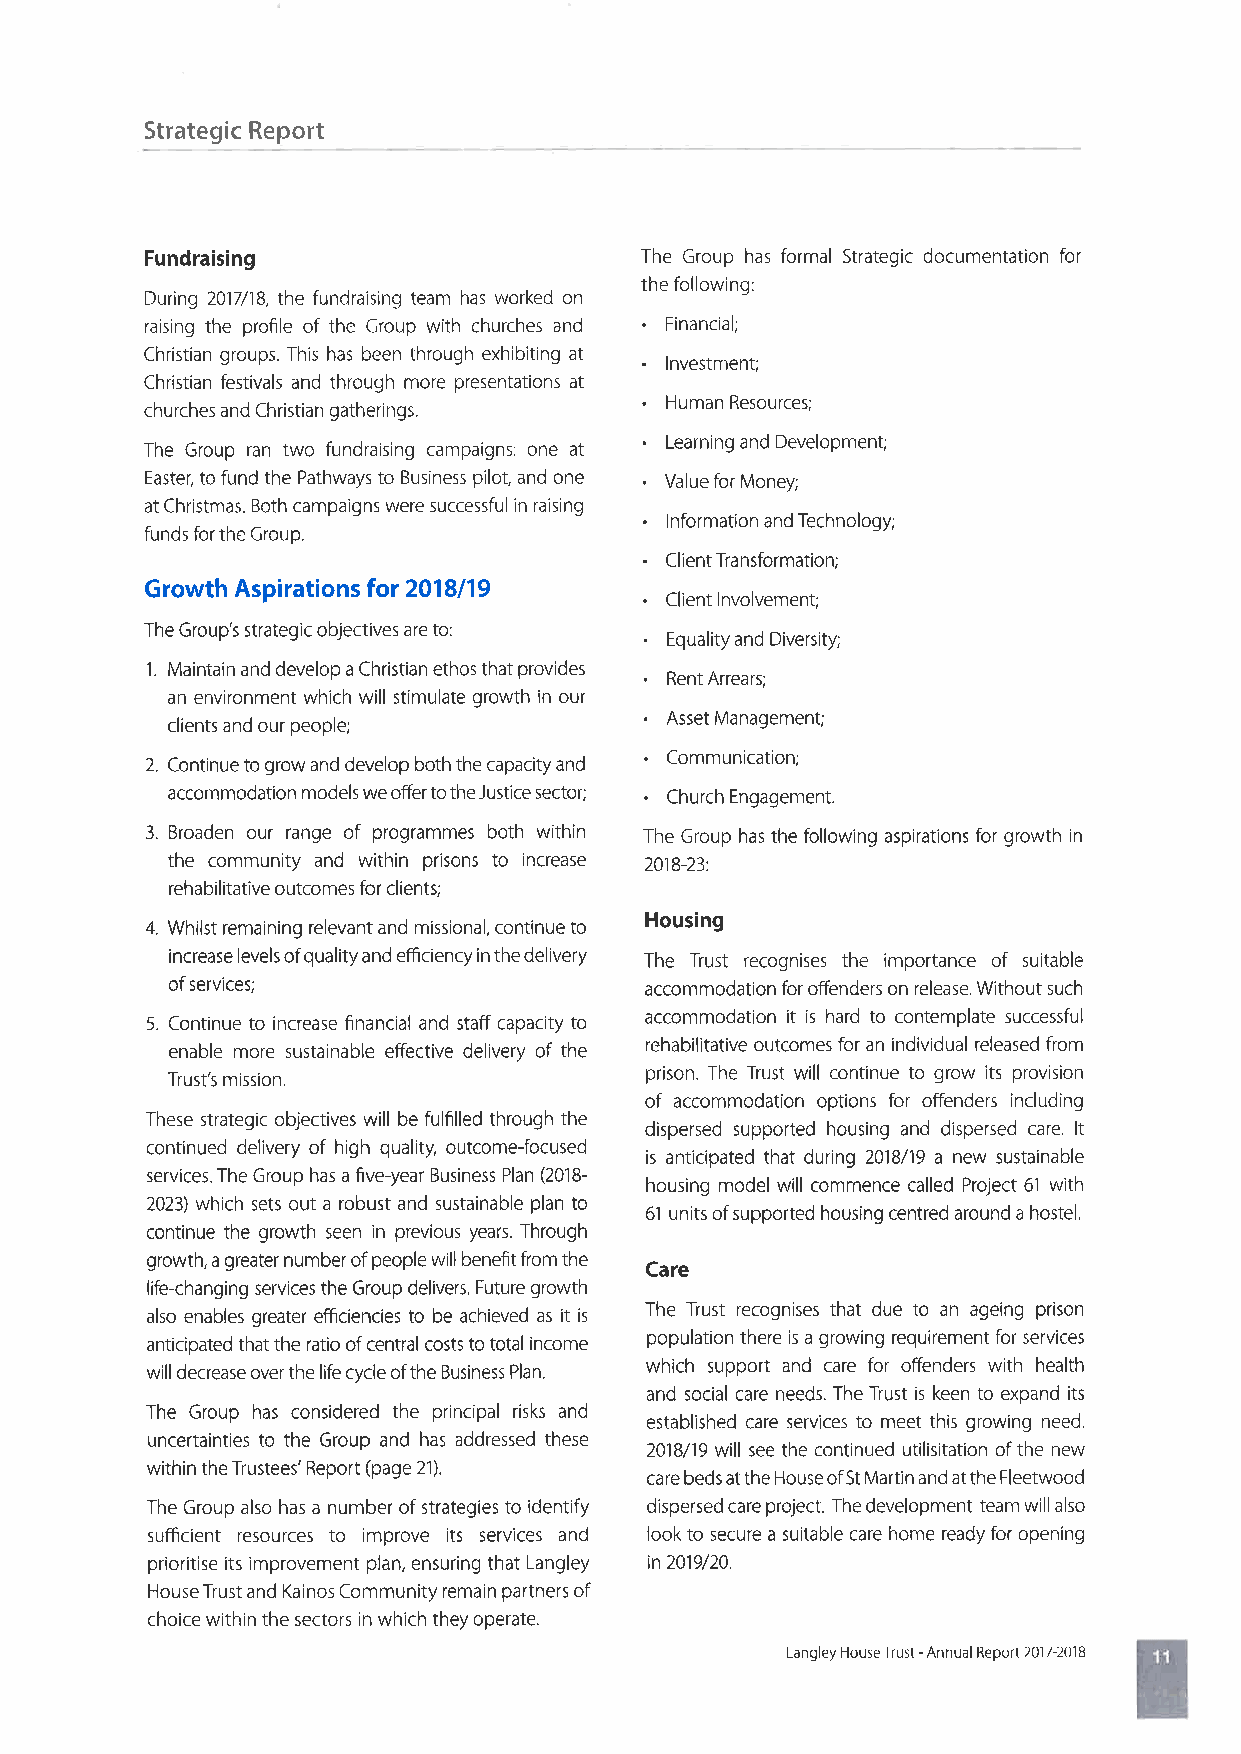
Strategic Report
 Fundraising                     The Group has formal Strategic documentation for
 the following:
 During 2017/18, the fundrais¡ng team has worked on
 .
 raising the profile of the Group with churches and Financial;
 Christian groups. This has been through exhibiting at .
 lnvestment;
 Christian festivals and through more presentations at .
 churches and Christian gatherings. Human Resources;
 .
 The Group ran two fundraising campaigns: one at Learning and Development;
 .
 Easter, to fund the Pathways to Business pilot, and one Value for Money;
 at Christmas. Both campaigns were successful in raising .
 lnformation and Technology;
 funds for the Group.
 .
 ClientTransformation;
 G rowth Aspi ration s Íor 20181 19 .
 Client lnvolvement;
 The Group's strategic objectives are to: .
 Equality and Diversity;
 1. Maintain and develop a Christian ethos that provides .
 Rent Arrears;
 an environment which will stímulate growth in our .
 clients and our people;          Asset Management;
 .
 2. Continue to grow and develop both the capacity and Communication;
 .
 accommodation models we offer to the Justice sector; Church Engagement.
 3. Broaden our range of programmes both within The Group has the following aspirations for growth in
 the community and within prisons to Increase 201823:
 rehabilitative outcomes for clients;
 Housing
 4. Whilst remaining relevant and missional, continue to
 increase levels of quality and efficiency in the delivery The Trust recognises the importance of suitable
 of services;                    accommodation for offenders on release. Without such
 5. Continue to increase financial and staff capacity to accommodation it is hard to contemplate successful
 enable more sustainable effective delivery of the rehabilitative outcomes for an individual released from
 prison. The Trust will continue to grow its provision
 Trust's mission.
 of accommodation options for offenders including
 These strategic objectives will be fulfilled through the
 dispersed supported housing and dispersed care. lt
 cont¡nued delivery of high quality, outcome-focused
 is anticipated that during 2018/19 a new sustainable
 services. The Group has a five-year Business Plan (2018- housing model will commence called Project 6'l with
 2023) which sets out a robust and susta¡nable plan to
 61 units of supported housing centred around a hostel.
 continue the growth seen in previous years. Through
 growth, a greater number of people will benefit from the Care
 life-changing services the Group delivers. Future growth
 also enables greater efficiencies to be achieved as it is The Trust recognises that due to an ageing prison
 anticipated that the ratio of central costs to total income population there is a growing requirement for services
 which support and care for offenders with health
 will decrease over the life cycle of the Business Plan.
 and social care needs. The Trust is keen to expand its
 The Group has considered the principal risks and established care services to meet this growing need.
 uncertainties to the Group and has addressed these
 2018/19 will see the continued utilisitation of the new
 within the Trustees' Report (page 21). care beds at the House of 5t Martin and at the Fleetwood
 The Group also has a number of strategies to identify dispersed care project. The development team will also
 sufficient resources to improve its services and look to secure a suitable care home ready for opening
 prioritise its improvement plan, ensuring that Langley in2019/20.
 House Trust and Kainos Community remain partners of
 choice within the sectors in which they operate.
 Langley HouseTrust -Annual Report 2017-2018 T